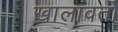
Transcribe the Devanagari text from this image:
खालावतो